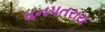
ધનપતરાય